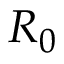
R _ { 0 }